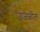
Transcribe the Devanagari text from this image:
उजळील